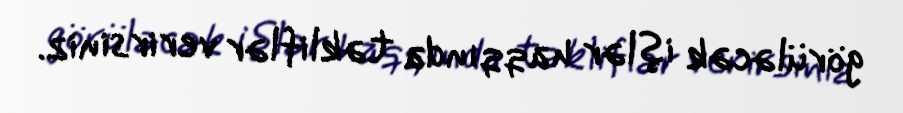
görüləcək işlər haqqında təkliflər verirsiniz.